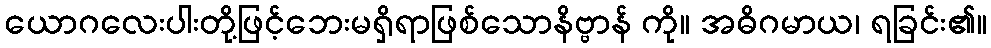
ယောဂလေးပါးတို့ဖြင့်ဘေးမရှိရာဖြစ်သောနိဗ္ဗာန် ကို။ အဓိဂမာယ၊ ရခြင်း၏။